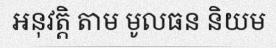
អនុវត្តិ តាម មូលធន និយម